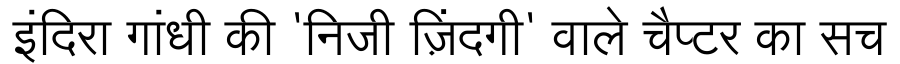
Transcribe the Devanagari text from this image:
इंदिरा गांधी की 'निजी ज़िंदगी' वाले चैप्टर का सच